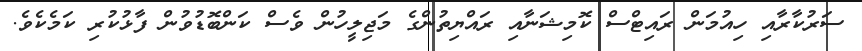
ސަރުކާރާއި ހިއުމަން ރައިޓްސް ކޮމިޝަނާއި ރައްޔިތުންގެ މަޖިލީހުން ވެސް ކަންބޮޑުވުން ފާޅުކުރި ކަމެކެވެ.